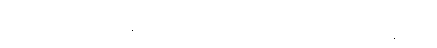
သူတို့ရထားက သိပ်မမြန်ဘူးဗျ၊ ဘူတာတစ်ခါရောက်ရင် ထင်းတစ်ခါထိုးနေ ရတာ